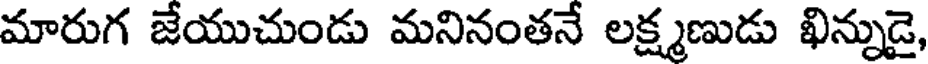
మారుగ జేయుచుండు మనినంతనే లక్ష్మణుడు ఖిన్నుడై,